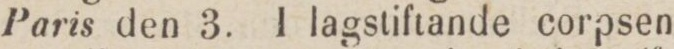
Paris den 3. I lagstiftande corpsen